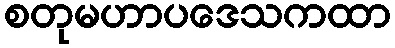
စတုမဟာပဒေသကထာ